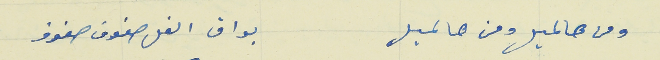
ومن هالميل ومن هالميل                                 بواق الفل صفوف صفوف